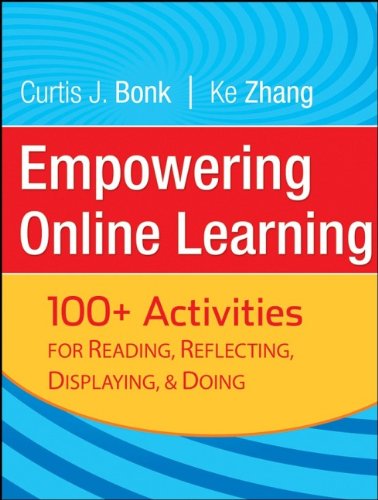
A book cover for Empowering Online Learning: 100+ Activities for Reading, Reflecting, Displaying, and Doing; Curtis J. Bonk; Education & Teaching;